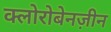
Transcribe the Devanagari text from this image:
क्लोरोबेनज़ीन